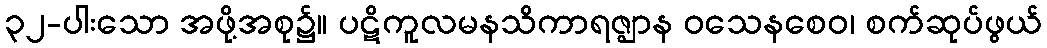
၃၂-ပါးသော အဖို့အစု၌။ ပဋိကူလမနသိကာရဇ္ဈာန ဝသေနစေဝ၊ စက်ဆုပ်ဖွယ်